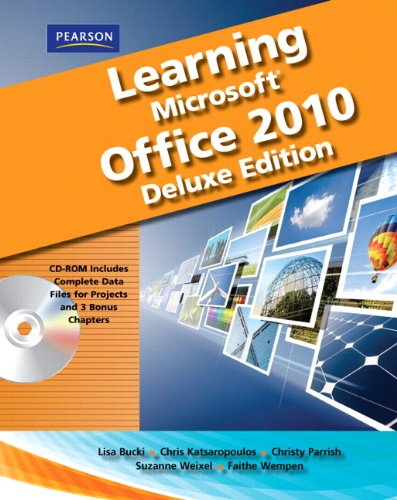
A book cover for Learning Microsoft Office 2010 Deluxe, Student Edition; Lisa Bucki; Computers & Technology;